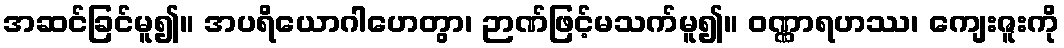
အဆင်ခြင်မူ၍။ အပရိယောဂါဟေတွာ၊ ဉာဏ်ဖြင့်မသက်မူ၍။ ဝဏ္ဏာရဟဿ၊ ကျေးဇူးကို